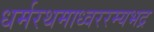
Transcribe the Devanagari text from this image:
धर्मरथमाध्वररम्यभद्र